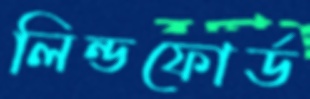
লিন্ডফোর্ড